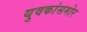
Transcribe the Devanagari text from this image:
युवकांसमोर